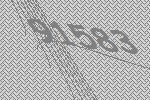
91583